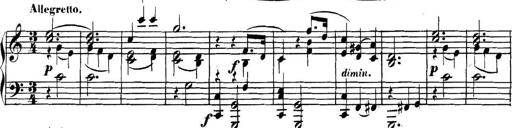
Title: Collected Piano Sonatas
Composer: Muzio Clementi